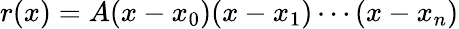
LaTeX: r(x)=A(x-x_{0})(x-x_{1})\cdots(x-x_{n})